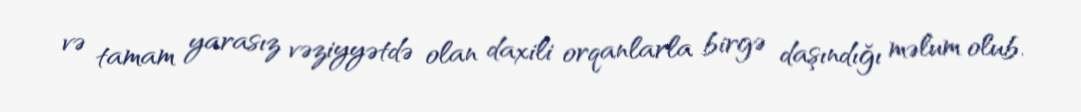
və tamam yarasız vəziyyətdə olan daxili orqanlarla birgə daşındığı məlum olub.